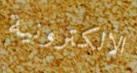
الالكترونية